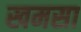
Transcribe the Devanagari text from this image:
खमसा